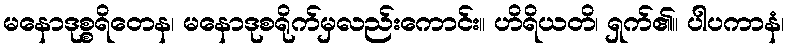
မနောဒုစ္စရိတေန၊ မနောဒုစရိုက်မှလည်းကောင်း။ ဟိရိယတိ၊ ရှက်၏။ ပါပကာနံ၊